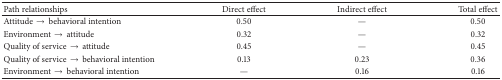
| Path relationships | Direct effect | Indirect effect | Total effect |
 | --- | --- | --- | --- |
 | Attitude → behavioral intention | 0.50 | — | 0.50 |
 | Environment → attitude | 0.32 | — | 0.32 |
 | Quality of service → attitude | 0.45 | — | 0.45 |
 | Quality of service → behavioral intention | 0.13 | 0.23 | 0.36 |
 | Environment → behavioral intention | — | 0.16 | 0.16 |